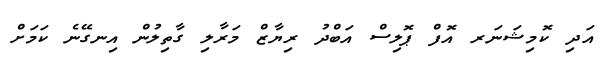
އަދި ކޮމިޝަނަރ އޮފް ޕޮލިސް އަބްދު ރިޔާޒް މަރާލި ގާތިލުން އިނގޭނެ ކަމަށް